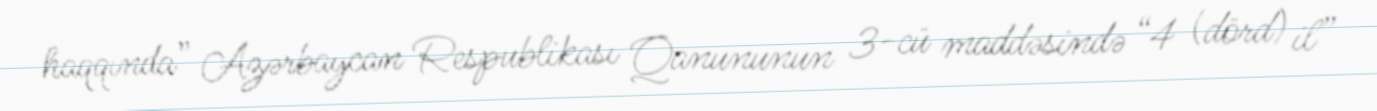
haqqında” Azərbaycan Respublikası Qanununun 3-cü maddəsində “4 (dörd) il”